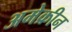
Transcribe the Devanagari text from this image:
अमेक्रीन